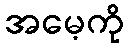
အမေ့ကို